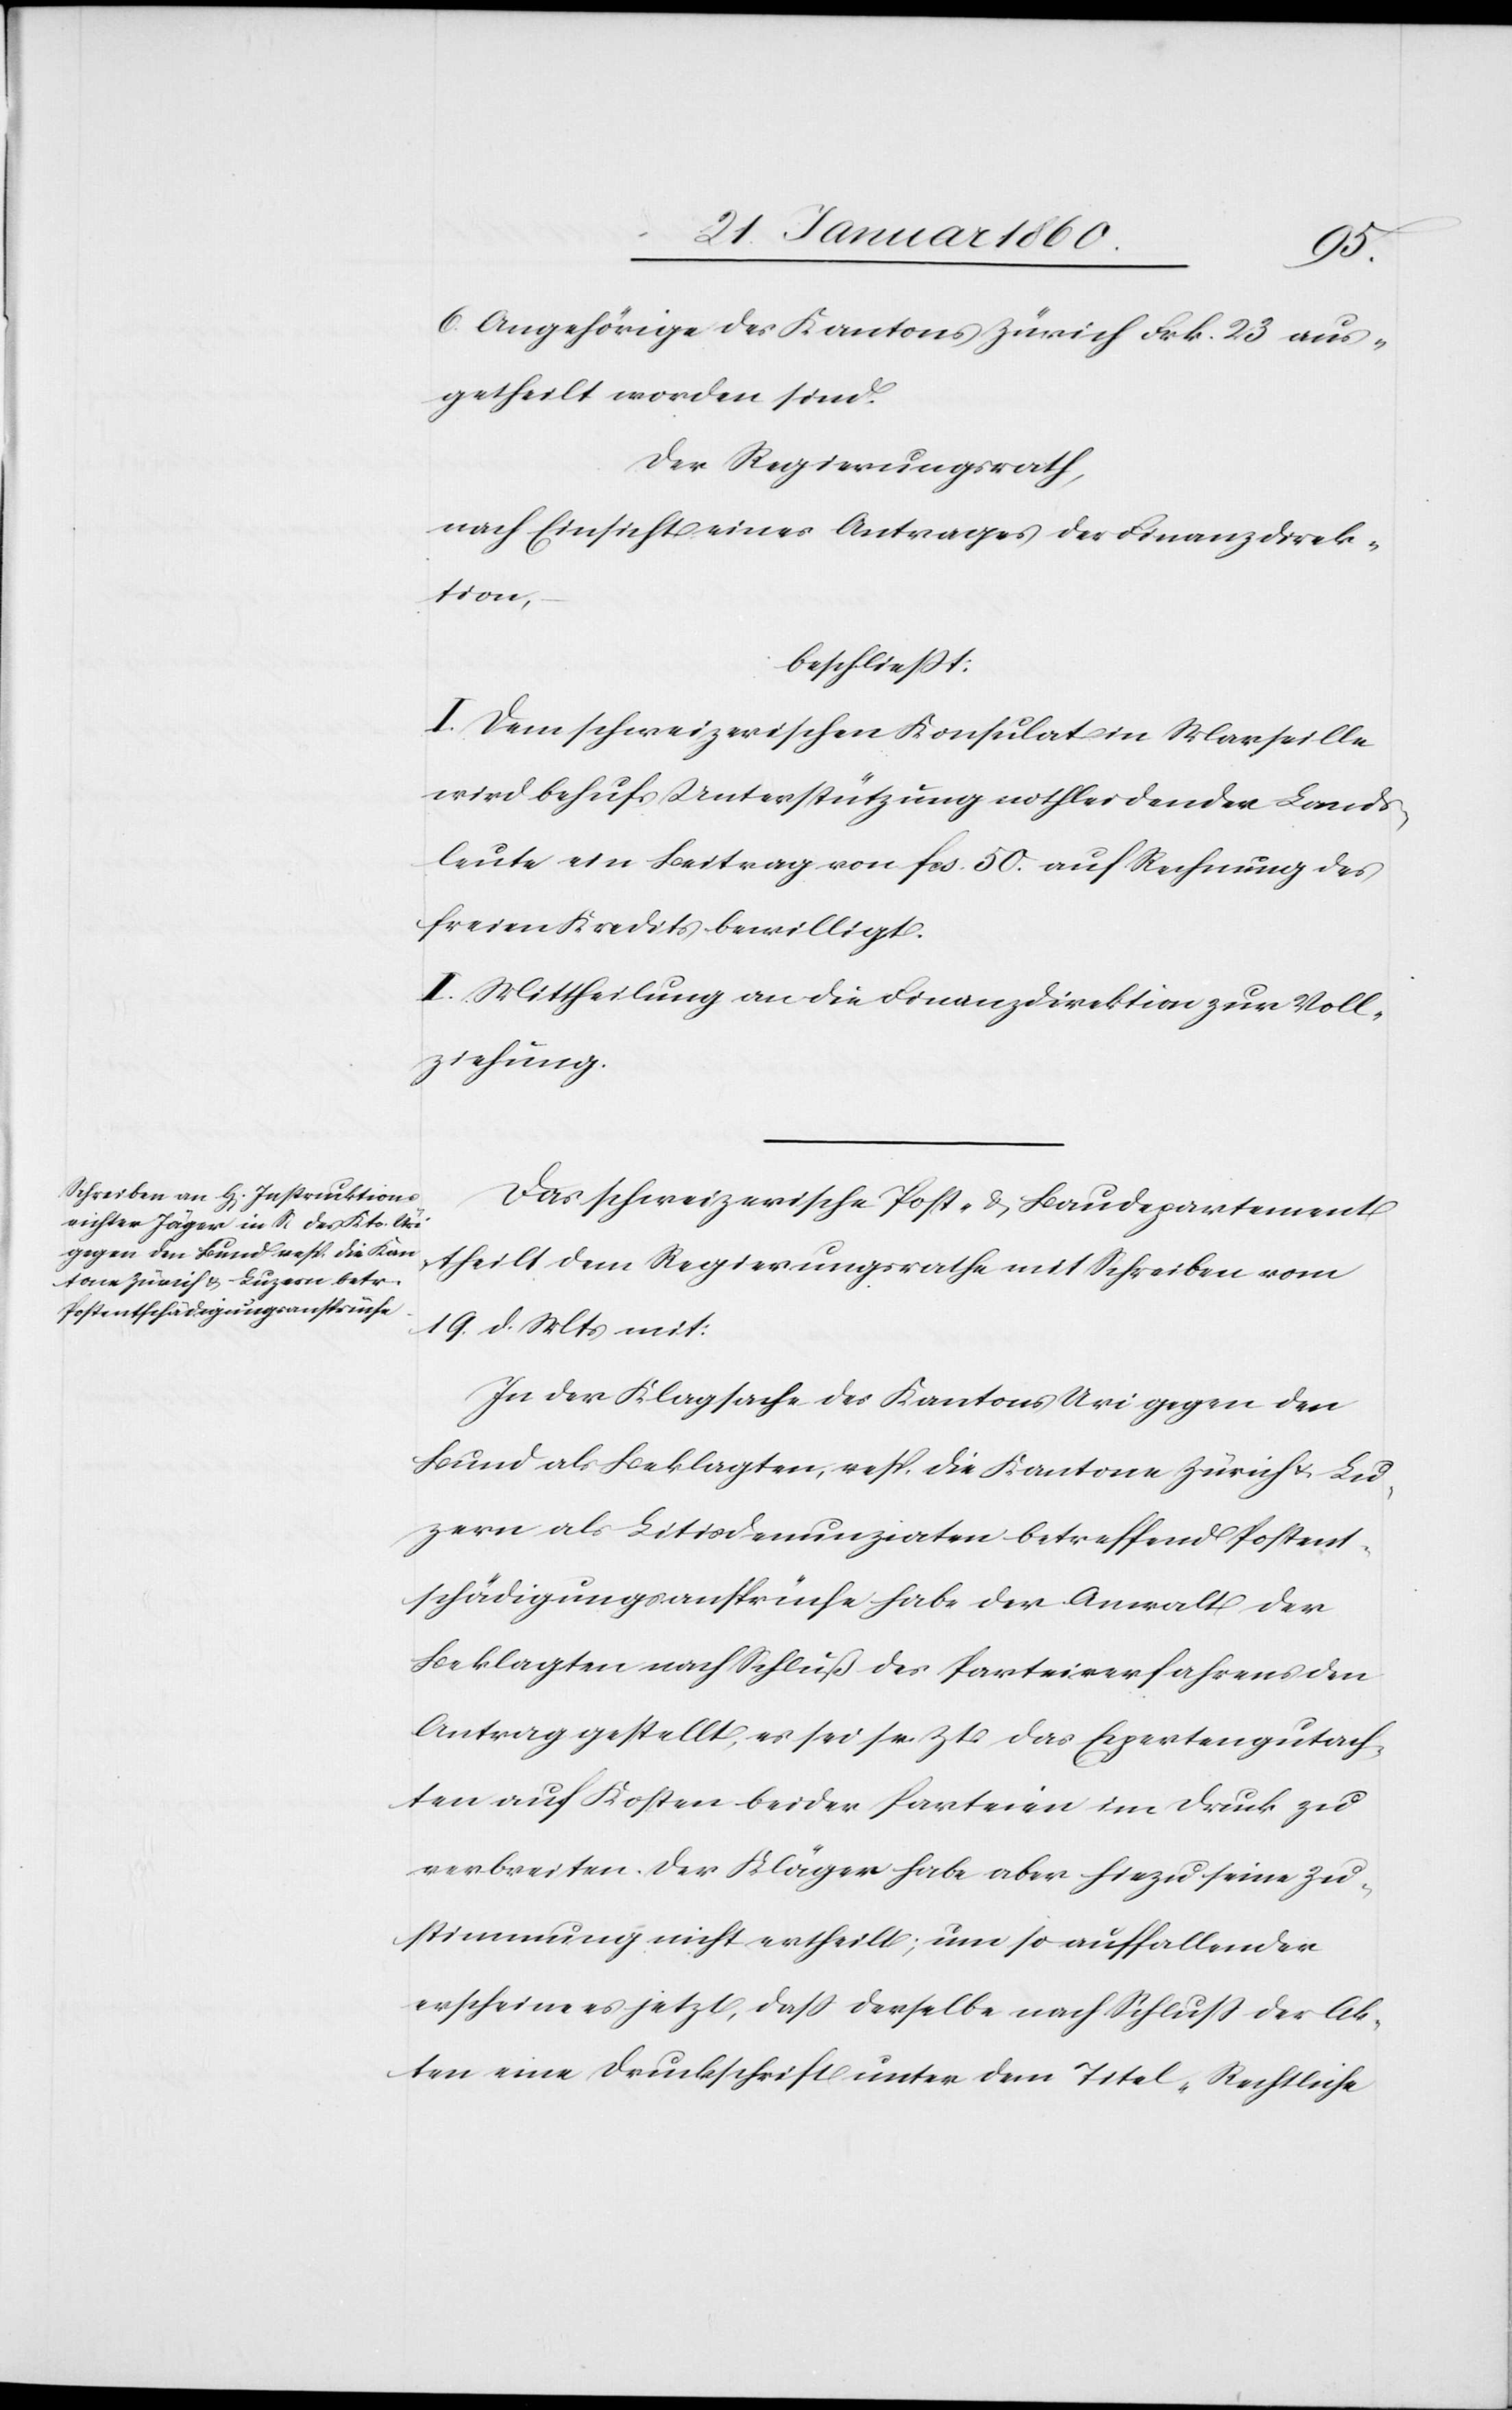
6 Angehörige des Kantons Zürich Frk. 23 aus¬
getheilt worden sind:
der Regierungsrath,
nach Einsicht eines Antrages der Finanzdirek¬
tion,
beschließt:
I. Dem schweizerischen Konsulat in Marseille
wird behuf Unterstützung nothleidender Landes¬
leute ein Beitrag von fcs. 50. auf Rechnung des
freien Kredit bewilligt.
II. Mittheilung an die Finanzdirektion zur Voll¬
ziehung.
Das schweizerische Post- u. Baudepartement
theilt dem Regierungsrathe mit Schreiben vom
19. d. Mts. mit:
In der Klagsache des Kantons Uri gegen den
Bund als Beklagten, resp. die Kantone Zürich u. Lu¬
zern als Litiodenunziaten betreffend Postent¬
schädigungsansprüche habe der Anwalt der
Beklagten nach Schluß des Parteienverfahrens den
Antrag gestellt, es sei se. Zt. das Expertengutach¬
ten auf Kosten beider Parteien im Druck zu
verbreiten. Der Kläger habe aber hiezu seine Zu¬
stimmung nicht ertheilt; um so auffallender
erscheine es jetzt, dass derselbe nach Schluß der Ak¬
ten eine Druckschrift unter dem Titel „Rechtliche